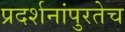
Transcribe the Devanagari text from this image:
प्रदर्शनांपुरतेच